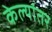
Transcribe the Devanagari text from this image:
केल्यांतर